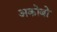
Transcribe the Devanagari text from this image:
अकोबो